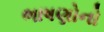
ભાષણોનો